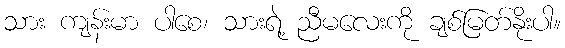
သား ကျန်းမာ ပါစေ၊ သားရဲ့ ညီမလေးကို ချစ်မြတ်နိုးပါ။